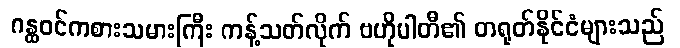
ဂန္ထဝင်ကစားသမားကြီး ကန့်သတ်လိုက် ဗဟိုပါတီ၏ တရုတ်နိုင်ငံများသည်